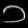
Digit: ၁